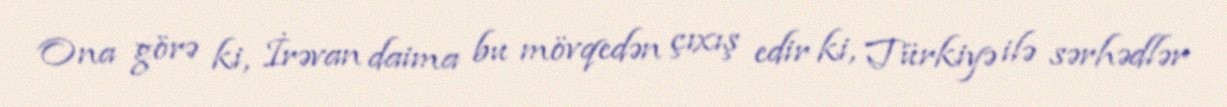
Ona görə ki, İrəvan daima bu mövqedən çıxış edir ki, Türkiyə ilə sərhədlər